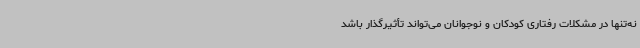
نه‌تنها در مشکلات رفتاری کودکان و نوجوانان می‌تواند تأثیرگذار باشد